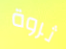
ثروة